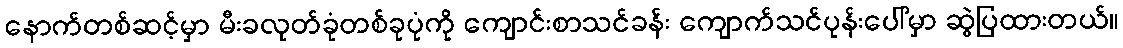
နောက်တစ်ဆင့်မှာ မီးခလုတ်ခုံတစ်ခုပုံကို ကျောင်းစာသင်ခန်း ကျောက်သင်ပုန်းပေါ်မှာ ဆွဲပြထားတယ်။